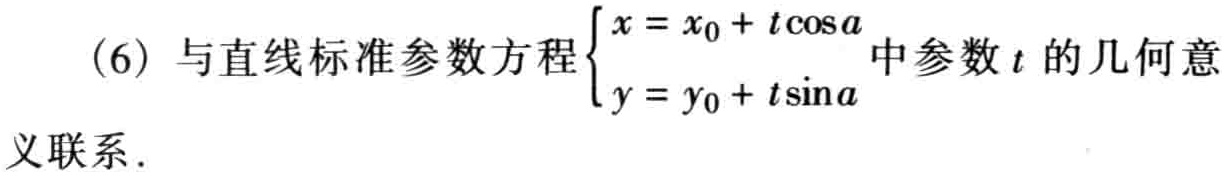
(6) 与直线标准参数方程$\begin{cases}x = x_0 + t\cos a\\y = y_0 + t\sin a\end{cases}$中参数$t$的几何意义联系.